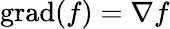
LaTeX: \operatorname{grad}(f)=\nabla f